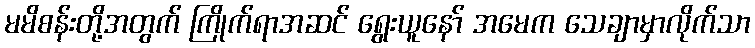
မမိစန်းတို့အတွက် ကြိုက်ရာအဆင် ရွေးယူနော် အမေက သေချာမှာလိုက်သာ